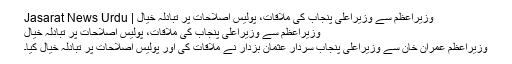
وزیراعظم سے وزیراعلی پنجاب کی ملاقات، پولیس اصلاحات پر تبادلہ خیال | Jasarat News Urdu
وزیراعظم سے وزیراعلی پنجاب کی ملاقات، پولیس اصلاحات پر تبادلہ خیال
وزیراعظم عمران خان سے وزیراعلی پنجاب سردار عثمان بزدار نے ملاقات کی اور پولیس اصلاحات پر تبادلہ خیال کیا۔